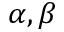
\alpha , \beta